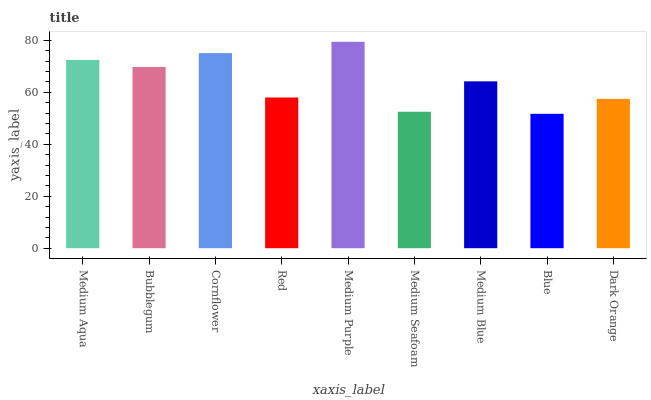
| xaxis_label | bars |
 | --- | --- |
 | Medium Aqua | 72.4 |
 | Bubblegum | 69.8 |
 | Cornflower | 75.1 |
 | Red | 58 |
 | Medium Purple | 79.4 |
 | Medium Seafoam | 52.5 |
 | Medium Blue | 64.2 |
 | Blue | 51.7 |
 | Dark Orange | 57.5 |